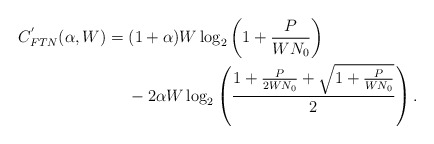
\begin{align*}C^{'}_{FTN}(\alpha,W) &= (1+\alpha)W \log_{2} \left( 1 + \frac{P}{WN_{0}}\right) \\ &\quad\;- 2\alpha W \log_{2} \left( \frac{1 + \frac{P}{2WN_{0}} + \sqrt{1 + \frac{P}{WN_{0}}}}{2} \right).\\\end{align*}